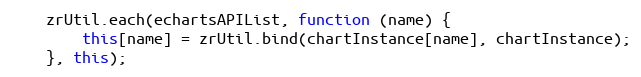
Language: JavaScript
    zrUtil.each(echartsAPIList, function (name) {
        this[name] = zrUtil.bind(chartInstance[name], chartInstance);
    }, this);